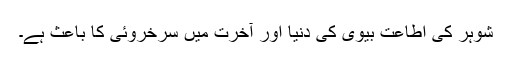
شوہر کی اطاعت بیوی کی دنیا اور آخرت میں سرخروئی کا باعث ہے۔